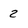
Character: 2